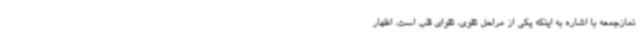
نمازجمعه با اشاره به اینکه یکی از مراحل تقوی، تقوای قلب است، اظهار